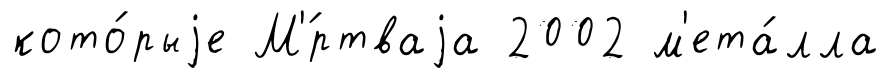
кото́рыjе М'́ртваjа 2002 м'ета́лла